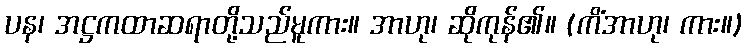
ပန၊ အဋ္ဌကထာဆရာတို့သည်မူကား။ အာဟု၊ ဆိုကုန်၏။ (ကိံအာဟု၊ ကား။)